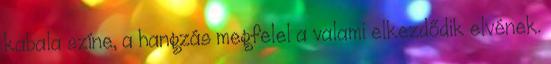
kabala színe, a hangzás megfelel a valami elkezdődik elvének.